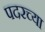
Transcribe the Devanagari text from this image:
पदरच्या